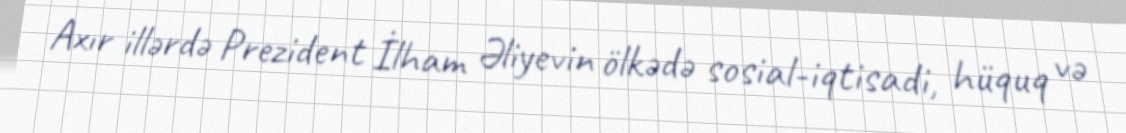
Axır illərdə Prezident İlham Əliyevin ölkədə sosial-iqtisadi, hüquq və